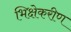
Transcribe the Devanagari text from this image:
भिक्षेकरीण